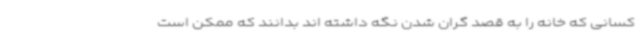
کسانی که خانه را به قصد گران شدن نگه داشته اند بدانند که ممکن است